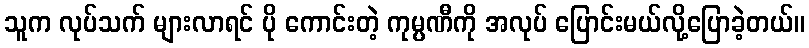
သူက လုပ်သက် များလာရင် ပို ကောင်းတဲ့ ကုမ္ပဏီကို အလုပ် ပြောင်းမယ်လို့ပြောခဲ့တယ်။